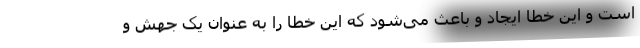
است و این خطا ایجاد و باعث می‌شود که این خطا را به عنوان یک جهش و